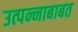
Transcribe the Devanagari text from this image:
उत्पन्नाबाबत